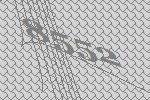
8552